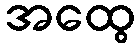
အထွေ